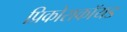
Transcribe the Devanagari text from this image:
प्रिकोराकॉयड